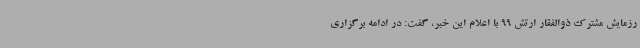
رزمایش مشترک ذوالفقار ارتش 99 با اعلام این خبر، گفت: در ادامه برگزاری